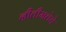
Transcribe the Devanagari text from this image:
नीतीमत्तेचे